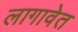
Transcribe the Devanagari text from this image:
लागावेत